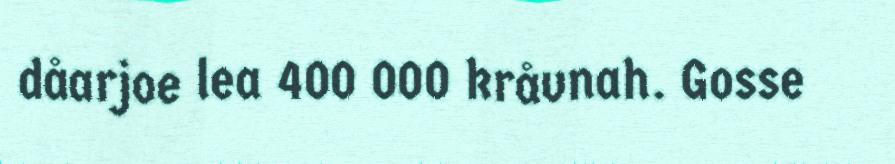
dåarjoe lea 400 000 kråvnah. Gosse